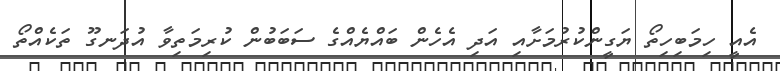
އެއީ ހިމަބިހިތޯ ޔަގީންކުރުމަށާއި އަދި އެހެން ބައްޔެއްގެ ސަބަބުން ކުރިމަތިވާ އުދަނގޫ ތަކެއްތޯ